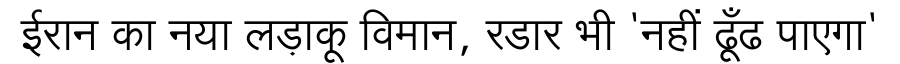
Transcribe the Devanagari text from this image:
ईरान का नया लड़ाकू विमान, रडार भी 'नहीं ढूँढ पाएगा'